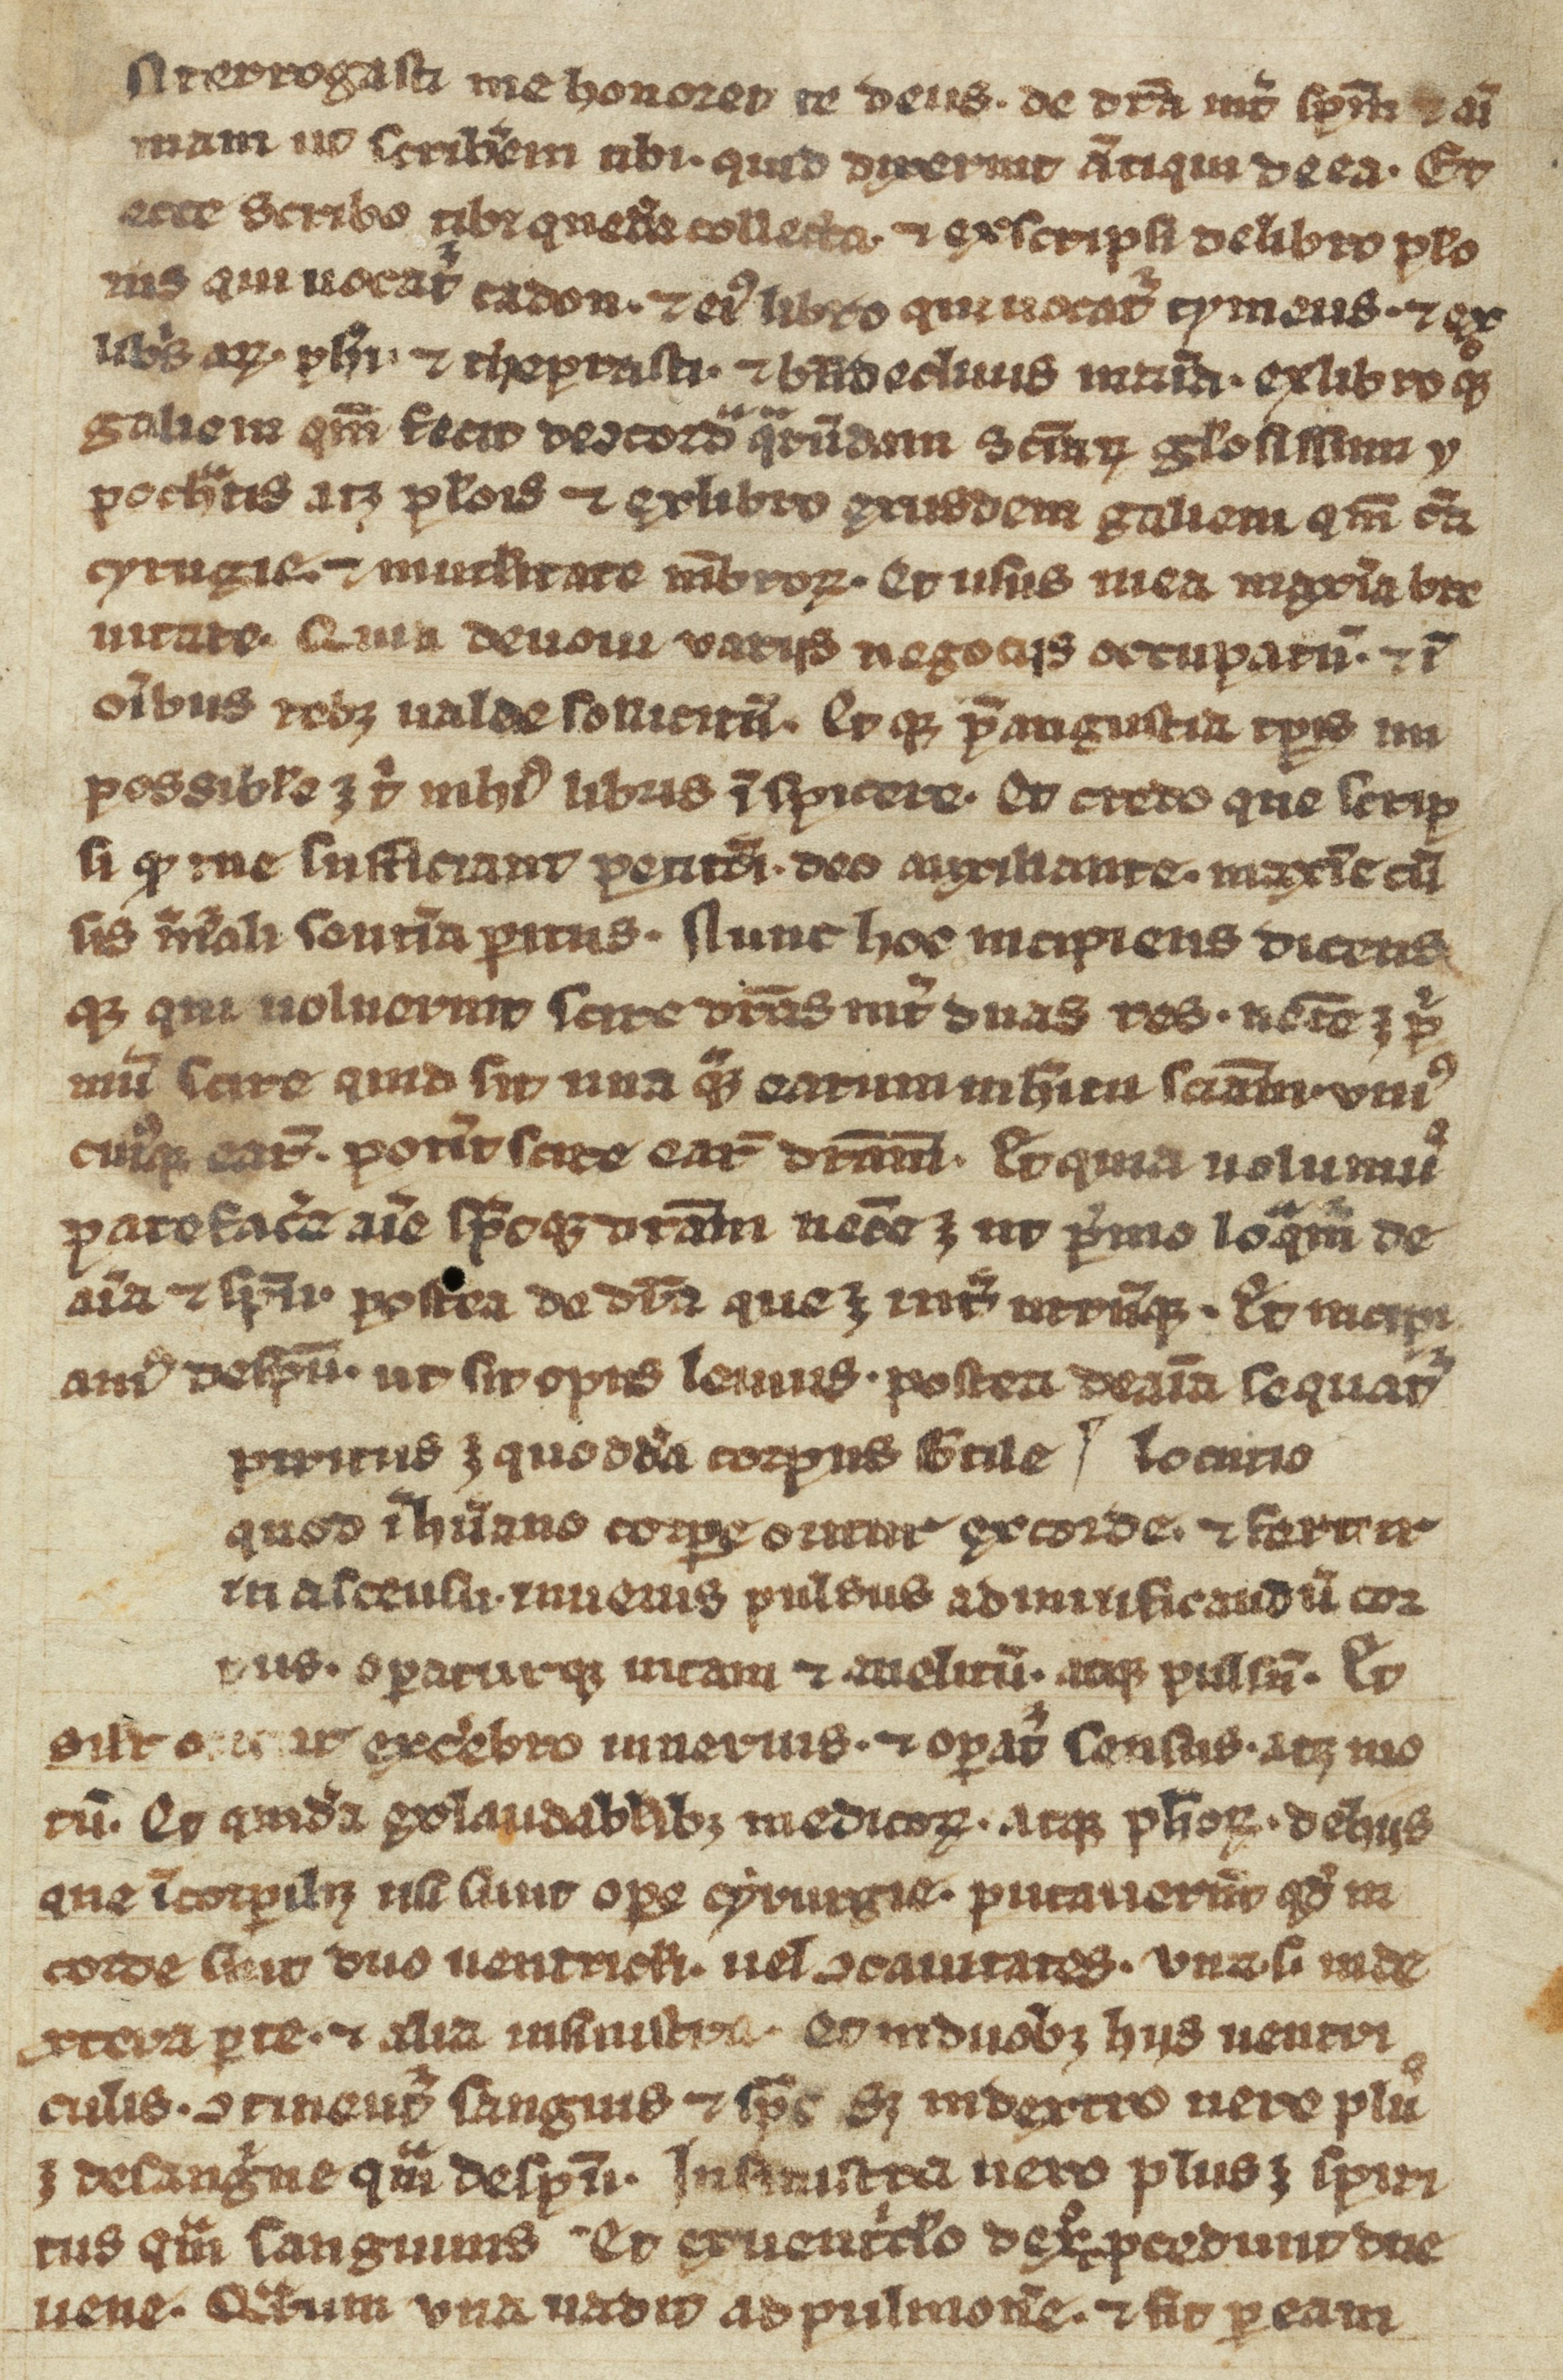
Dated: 1300–1399